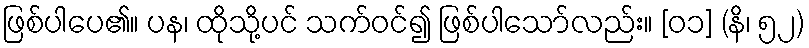
ဖြစ်ပါပေ၏။ ပန၊ ထိုသို့ပင် သက်ဝင်၍ ဖြစ်ပါသော်လည်း။ [၀၁] (နိ၊ ၅၂)